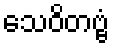
သေဝိတဗ္ဗံ